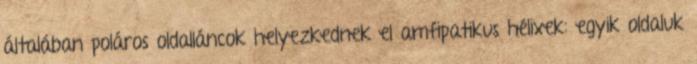
általában poláros oldalláncok helyezkednek el amfipatikus hélixek: egyik oldaluk